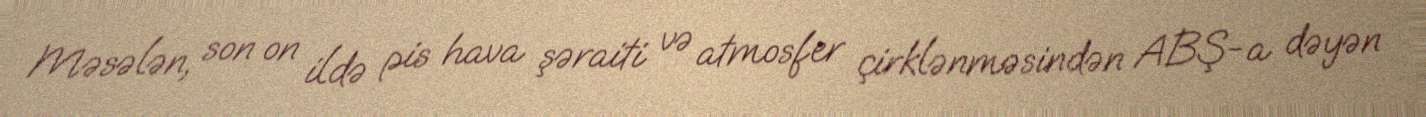
Məsələn, son on ildə pis hava şəraiti və atmosfer çirklənməsindən ABŞ-a dəyən